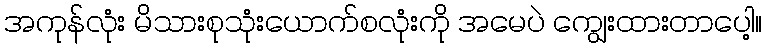
အကုန်လုံး မိသားစုသုံးယောက်စလုံးကို အမေပဲ ကျွေးထားတာပေါ့။